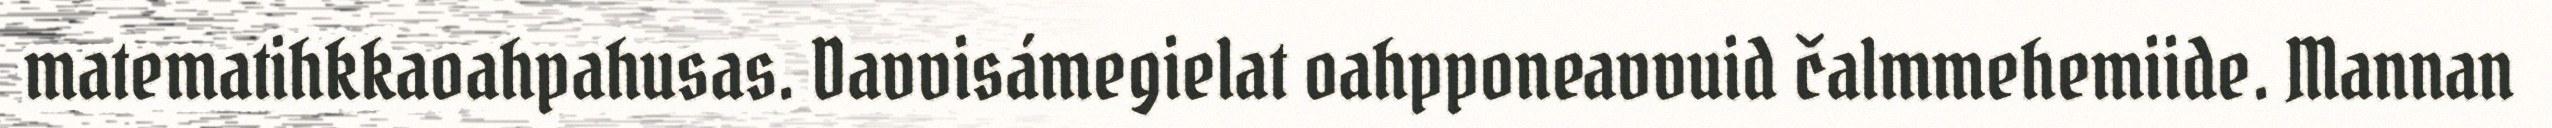
matematihkkaoahpahusas. Davvisámegielat oahpponeavvuid čalmmehemiide. Mannan